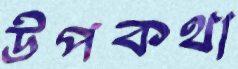
উপকথা